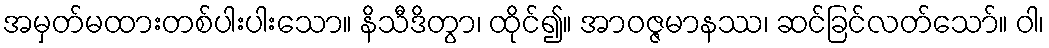
အမှတ်မထားတစ်ပါးပါးသော။ နိသီဒိတွာ၊ ထိုင်၍။ အာဝဇ္ဇမာနဿ၊ ဆင်ခြင်လတ်သော်။ ဝါ၊